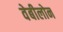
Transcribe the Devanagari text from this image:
वेबीलोन